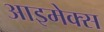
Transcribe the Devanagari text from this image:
आइमेक्स